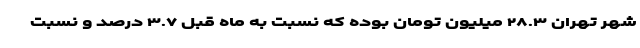
شهر تهران ۲۸.۳ میلیون تومان بوده که نسبت به ماه قبل ۳.۷ درصد و نسبت